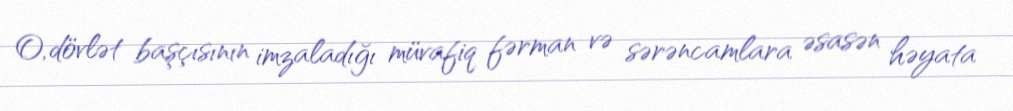
O, dövlət başçısının imzaladığı müvafiq fərman və sərəncamlara əsasən həyata